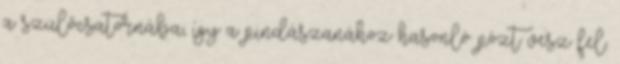
a szülőcsatornába, így a pindászanához hasonló pózt vesz fel.